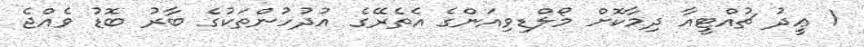
1 ޢީދު ޗުއްޓީއާ ދިމާކޮށް މޯލްޑިވިއަންގެ އެތެރޭގެ އުދުހުންތަކުގެ ބާރު ބޮޑު ވެއްޖެ